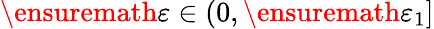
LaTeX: \ensuremath{\varepsilon}\in(0,\ensuremath{\varepsilon}_{1}]